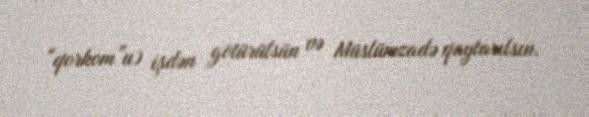
“qorkom”u) işdən götürülsün və Müslümzadə qaytarılsın.